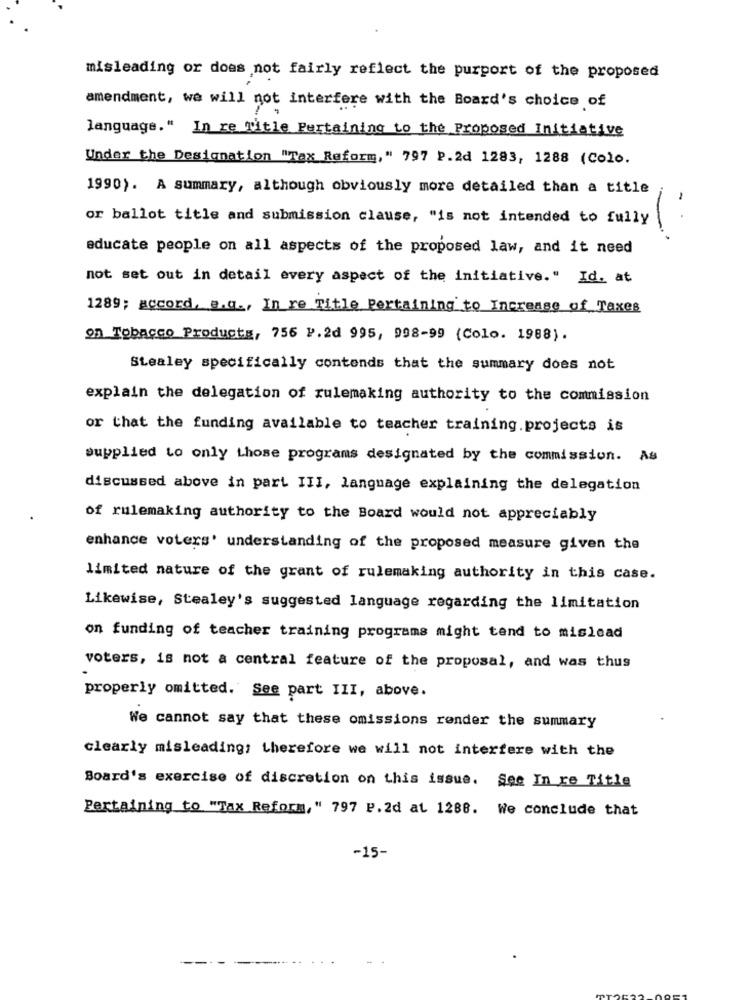
misleading or does not fairly reflect the purport of the proposed
amendment, we will not interfere with the Board's choice of
language. " In re title Pertaining to the Proposed Initiative
Under the Designation "Tax Reform," 797 P.2d 1283, 1288 (Colo.
1990). A summary, although obviously more detailed than a title
or ballot title and submission clause, "is not intended to fully
..
educate people on all aspects of the proposed law, and it need
not set out in detail every aspect of the initiative." Id. at
1289; accord, e.c ., In re Title Pertaining to Increase of Taxes
on Tobacco Products, 756 P.2d 995, 998-99 (Colo. 1988).
Stealey specifically contends that the summary does not
explain the delegation of rulemaking authority to the commission
or that the funding available to teacher training.projects is
supplied to only those programs designated by the commission. As
discussed above in part III, language explaining the delegation
of rulemaking authority to the Board would not appreciably
enhance voters' understanding of the proposed measure given the
limited nature of the grant of rulemaking authority in this case.
Likewise, Stealey's suggested language regarding the limitation
on funding of teacher training programs might tend to mislead
voters, is not a central feature of the proposal, and was thus
properly omitted. See part III, above.
We cannot say that these omissions render the summary
clearly misleading; therefore we will not interfere with the
Board's exercise of discretion on this issue. See In re Title
Pertaining to "Tax Reform," 797 P.2d at 1288. We conclude that
-15-